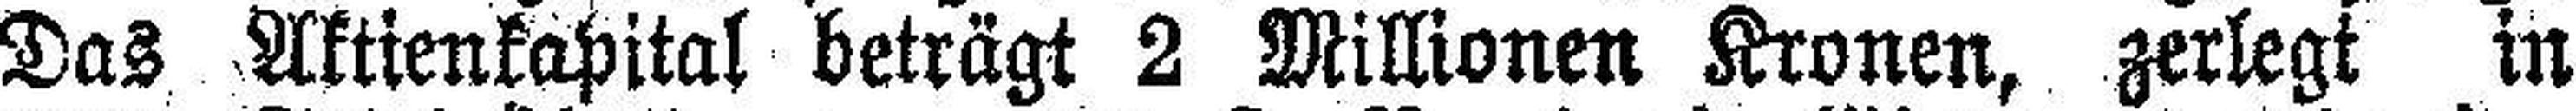
Das Aktienkapital beträgt 2 Millionen Kronen, zerlegt in